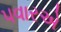
પવારએ